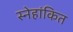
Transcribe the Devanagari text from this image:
स्नेहांकित